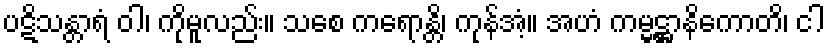
ပဋိသန္တာရံ ဝါ၊ ကိုမူလည်း။ သစေ ကရောန္တိ၊ ကုန်အံ့။ အဟံ ကမ္မဋ္ဌာနိကောတိ၊ ငါ